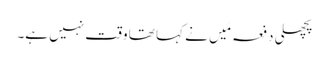
پچھلی دفعہ مَیں نے کہا تھا وقت نہیں ہے۔